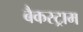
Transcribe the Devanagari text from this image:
बैकस्ट्राम